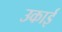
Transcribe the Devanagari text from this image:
उकाई